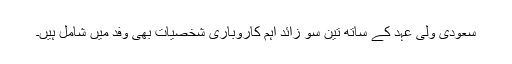
سعودی ولی عہد کے ساتھ تین سو زائد اہم کاروباری شخصیات بھی وفد میں شامل ہیں۔